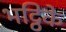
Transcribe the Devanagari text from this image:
भट्ठिके